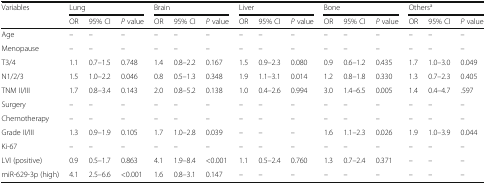
| <ROWSPAN=2> Variables | <COLSPAN=3> Lung | <COLSPAN=3> Brain | <COLSPAN=3> Liver | <COLSPAN=3> Bone | <COLSPAN=3> Othersa |
 | OR | 95% CI | P value | OR | 95% CI | P value | OR | 95% CI | P value | OR | 95% CI | P value | OR | 95% CI | P value |
 | --- | --- | --- | --- | --- | --- | --- | --- | --- | --- | --- | --- | --- | --- | --- | --- |
 | Age | – | – | – | – | – | – | – | – | – | – | – | – | – | – | – |
 | Menopause | – | – | – | – | – | – | – | – | – | – | – | – | – | – | – |
 | T3/4 | 1.1 | 0.7–1.5 | 0.748 | 1.4 | 0.8–2.2 | 0.167 | 1.5 | 0.9–2.3 | 0.080 | 0.9 | 0.6–1.2 | 0.435 | 1.7 | 1.0–3.0 | 0.049 |
 | N1/2/3 | 1.5 | 1.0–2.2 | 0.046 | 0.8 | 0.5–1.3 | 0.348 | 1.9 | 1.1–3.1 | 0.014 | 1.2 | 0.8–1.8 | 0.330 | 1.3 | 0.7–2.3 | 0.405 |
 | TNM II/III | 1.7 | 0.8–3.4 | 0.143 | 2.0 | 0.8–5.2 | 0.138 | 1.0 | 0.4–2.6 | 0.994 | 3.0 | 1.4–6.5 | 0.005 | 1.4 | 0.4–4.7 | .597 |
 | Surgery | – | – | – | – | – | – | – | – | – | – | – | – | – | – | – |
 | Chemotherapy | – | – | – | – | – | – | – | – | – | – | – | – | – | – | – |
 | Grade II/III | 1.3 | 0.9–1.9 | 0.105 | 1.7 | 1.0–2.8 | 0.039 | – | – | – | 1.6 | 1.1–2.3 | 0.026 | 1.9 | 1.0–3.9 | 0.044 |
 | Ki-67 | – | – | – | – | – | – | – | – | – | – | – | – | – | – | – |
 | LVI (positive) | 0.9 | 0.5–1.7 | 0.863 | 4.1 | 1.9–8.4 | <0.001 | 1.1 | 0.5–2.4 | 0.760 | 1.3 | 0.7–2.4 | 0.371 | – | – | – |
 | miR-629-3p (high) | 4.1 | 2.5–6.6 | <0.001 | 1.6 | 0.8–3.1 | 0.147 | – | – | – | – | – | – | – | – | – |